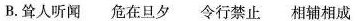
B.耸人听闻 危在旦夕 令行禁止 相辅相成